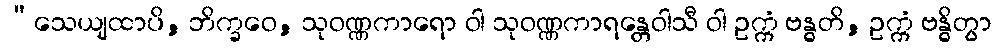
“သေယျထာပိ, ဘိက္ခဝေ, သုဝဏ္ဏကာရော ဝါ သုဝဏ္ဏကာရန္တေဝါသီ ဝါ ဥက္ကံ ဗန္ဓတိ, ဥက္ကံ ဗန္ဓိတွာ